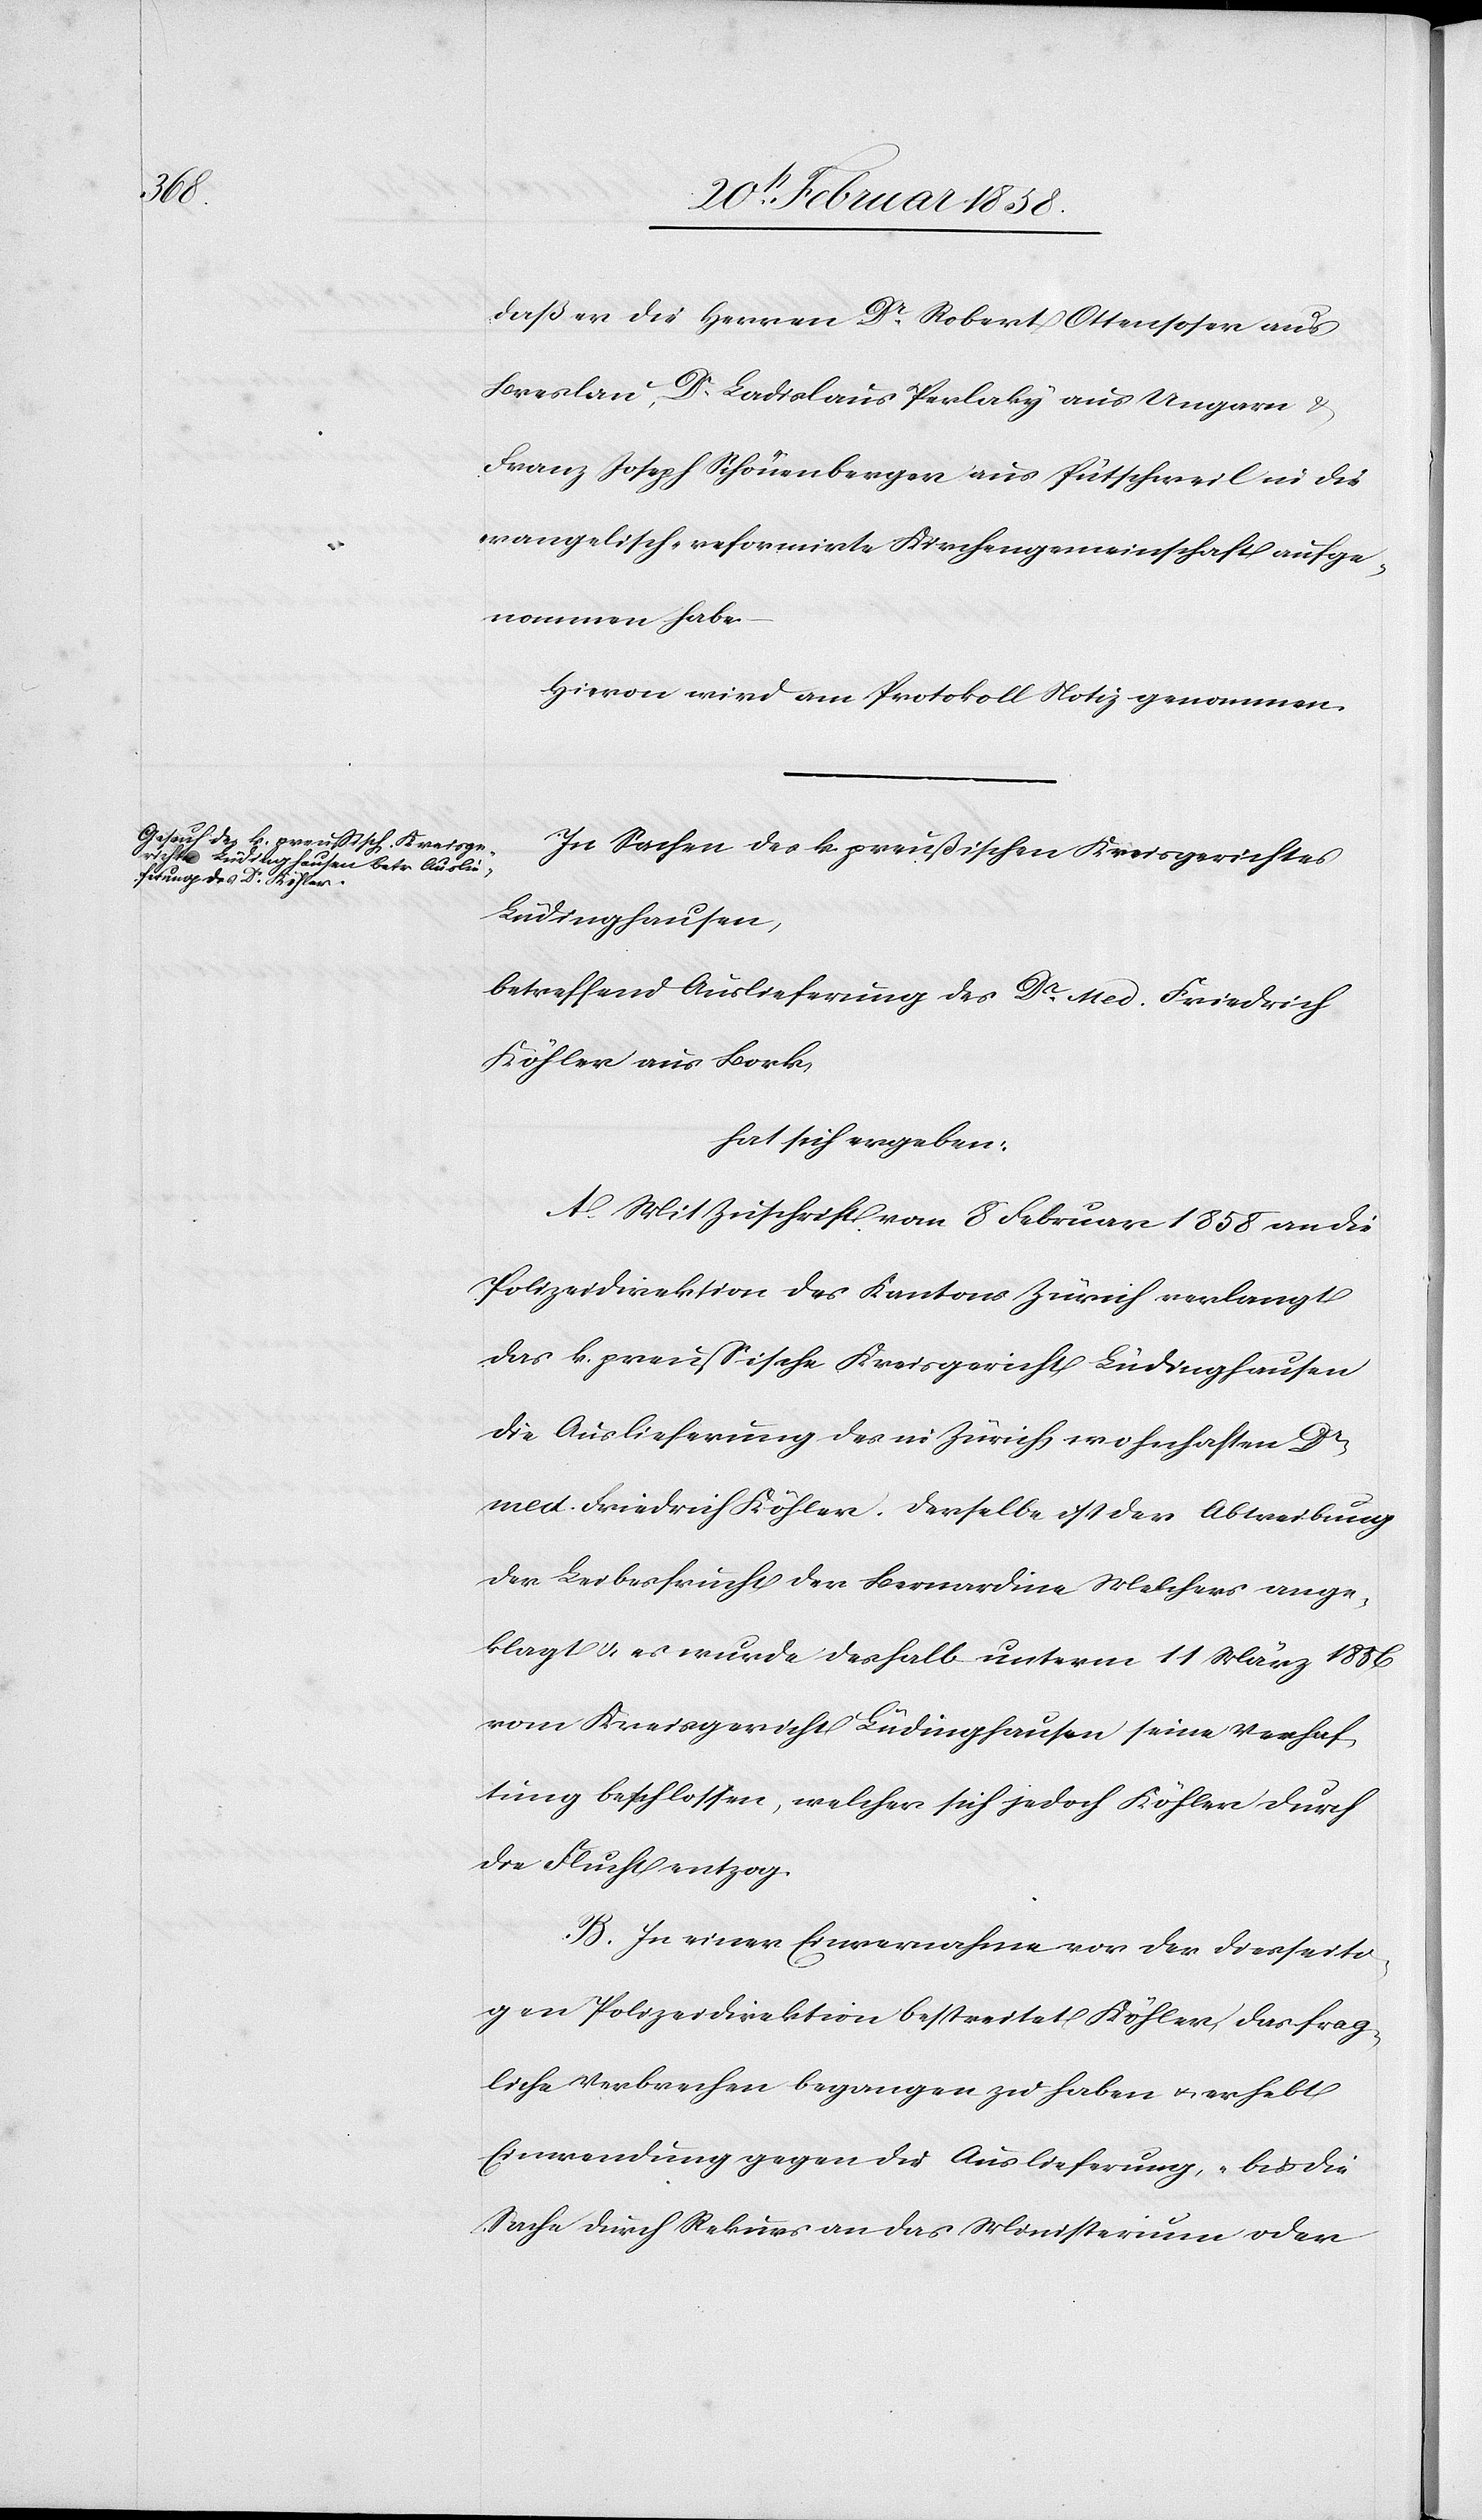
daß er die Herren Dr Robert Ottensoser aus
Breslau, Dr Ladislaus Perlaky aus Ungarn &
Franz Joseph Schönenberger aus Puttschweil in die
evangelisch-reformirte Kirchengemeinschaft aufge¬
nommen habe.
Hievon wird am Protokoll Notiz genommen.
In Sachen des k. preußischen Kreisgerichtes
Ludinghausen,
betreffend Auslieferung des Dr. Med. Friedrich
Köhler aus Bork,
hat sich ergeben:
A. Mit Zuschrift vom 8 Februar 1858 an die
Polizeidirektion des Kantons Zürich verlangt
das k. preußische Kreisgericht Ludinghausen
die Auslieferung des in Zürich wohnhaften Dr
med. Friedrich Köhler. Derselbe ist der Abtreibung
der Leibesfrucht der Bernardine Melchers ange¬
klagt & es wurde deshalb unterm 11 März 1856
vom Kreisgericht Ludinghausen seine Verhaf¬
tung beschlossen, welcher sich jedoch Köhler durch
die Flucht entzog.
B. In einer Einvernahme vor der diesseiti¬
gen Polizeidirektion bestreitet Köhler, das frag¬
liche Verbrechen begangen zu haben u. erhebt
Einwendung gegen die Auslieferung, „bis die
Sache durch Rekurs an das Ministerium oder